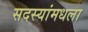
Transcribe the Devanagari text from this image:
सदस्यांमधला